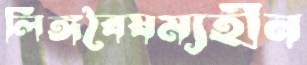
লিঙ্গবৈষম্যহীন